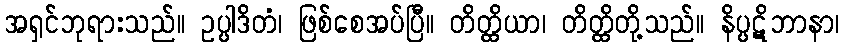
အရှင်ဘုရားသည်။ ဥပ္ပါဒိတံ၊ ဖြစ်စေအပ်ပြီ။ တိတ္ထိယာ၊ တိတ္ထိတို့သည်။ နိပ္ပဋိဘာနာ၊